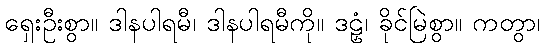
ရှေးဦးစွာ။ ဒါနပါရမီ၊ ဒါနပါရမီကို။ ဒဠှံ၊ ခိုင်မြဲစွာ။ ကတွာ၊